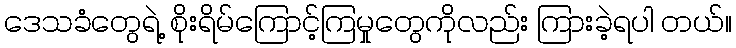
ဒေသခံတွေရဲ့ စိုးရိမ်ကြောင့်ကြမှုတွေကိုလည်း ကြားခဲ့ရပါ တယ်။